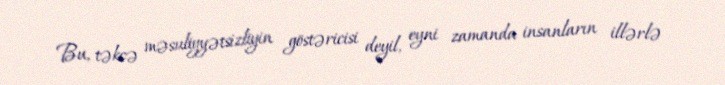
Bu, təkcə məsuliyyətsizliyin göstəricisi deyil, eyni zamanda insanların illərlə